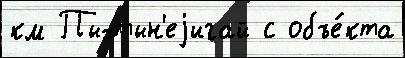
км Пыхтын'еjигай с объе́кта